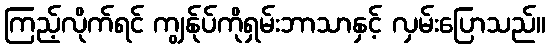
ကြည့်လိုက်ရင် ကျွန်ုပ်ကိုရှမ်းဘာသာနှင့် လှမ်းပြောသည်။